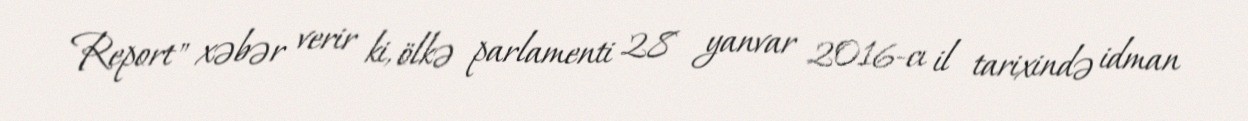
Report" xəbər verir ki, ölkə parlamenti 28 yanvar 2016-cı il tarixində idman